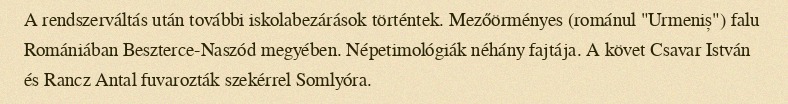
A rendszerváltás után további iskolabezárások történtek. Mezőörményes (románul "Urmeniș") falu Romániában Beszterce-Naszód megyében. Népetimológiák néhány fajtája. A követ Csavar István és Rancz Antal fuvarozták szekérrel Somlyóra.